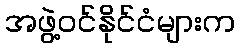
အဖွဲ့ဝင်နိုင်ငံများက